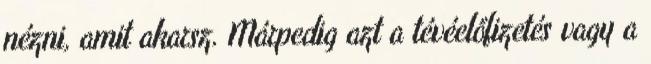
nézni, amit akarsz. Márpedig azt a tévéelőfizetés vagy a